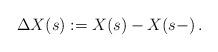
LaTeX: \begin{align*}\Delta X(s) := X(s) -X(s-)\, .\end{align*}